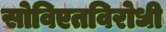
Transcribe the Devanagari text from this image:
सोविएतविरोधी